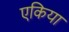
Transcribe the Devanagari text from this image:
एकिया